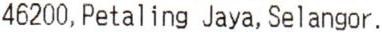
46200,PETALING JAYA,SELANGOR.